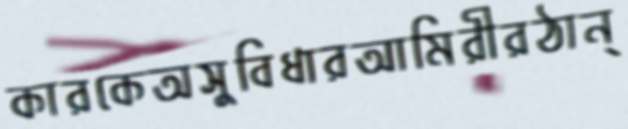
কারকেঅসুবিধারআমিরীরঠান্